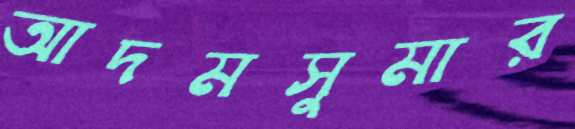
আদমসুমার